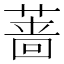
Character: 蔷